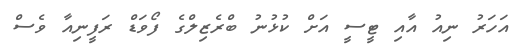
އަހަރު ނިއު އާއި ޓީސީ އަށް ކުޅުނު ބްރެޒިލްގެ ފޯވަޑް ރަފީނިއާ ވެސް